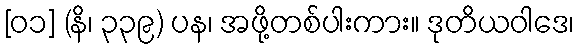
[၀၁] (နိ၊ ၃၃၉) ပန၊ အဖို့တစ်ပါးကား။ ဒုတိယဝါဒေ၊